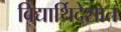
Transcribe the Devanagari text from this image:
विद्यार्थिदेशात